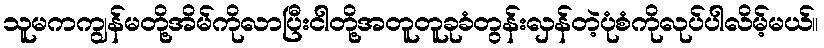
သူမကကျွန်မတို့အိမ်ကိုလာပြီးငါတို့အတူတူခုခံတွန်းလှန်တဲ့ပုံစံကိုလုပ်ပါလိမ့်မယ်။